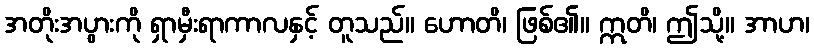
အတိုးအပွားကို ရှာမှီးရာကာလနှင့် တူသည်။ ဟောတိ၊ ဖြစ်၏။ ဣတိ၊ ဤသို့။ အာဟ၊